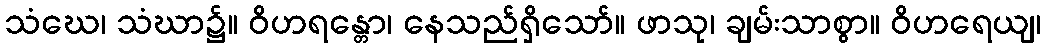
သံဃေ၊ သံဃာ၌။ ဝိဟရန္တော၊ နေသည်ရှိသော်။ ဖာသု၊ ချမ်းသာစွာ။ ဝိဟရေယျ၊